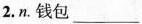
2. n. 钱包___